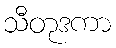
သီတုဒကာ